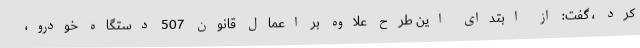
کرد ، گفت: از ابتدای این طرح علاوه بر اعمال قانون 507 دستگاه خودرو،